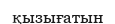
қызығатын